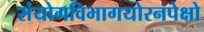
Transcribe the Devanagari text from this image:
संयोगविभागयोरनपेक्षो